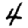
Digit: 4